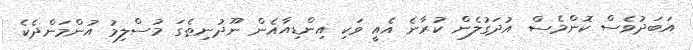
އަބަދުވެސް ކޮންމެސް އުދަގުލެން ކުރާނެ އެއީ ވަކި އިންޑިއާއެން ނޫދުނިޠެގަ މުސްލިމު އުންމަންދެކެ